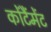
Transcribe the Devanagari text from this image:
कोंटैंमेंट